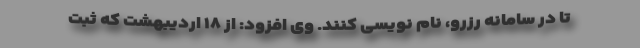
تا در سامانه رزرو، نام نویسی کنند. وی افزود: از ۱۸ اردیبهشت که ثبت